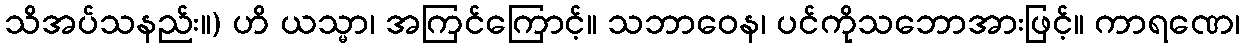
သိအပ်သနည်း။) ဟိ ယသ္မာ၊ အကြင်ကြောင့်။ သဘာဝေန၊ ပင်ကိုသဘောအားဖြင့်။ ကာရဏေ၊